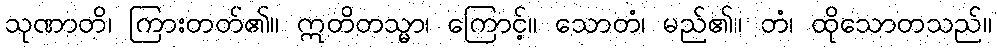
သုဏာတိ၊ ကြားတတ်၏။ ဣတိတသ္မာ၊ ကြောင့်။ သောတံ၊ မည်၏။ တံ၊ ထိုသောတသည်။